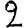
Digit: 2